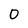
Character: 0